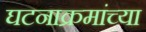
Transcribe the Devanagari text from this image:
घटनाक्रमांच्या